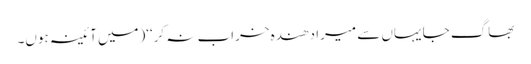
بھاگ جا یہاں سے میرا دھندہ خراب نہ کر‘‘(میں آئینہ ہوں۔